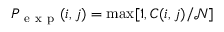
P _ { \mathrm { ~ e ~ x ~ p ~ } } ( i , j ) = \operatorname* { m a x } [ 1 , C ( i , j ) / \mathcal { N } ]